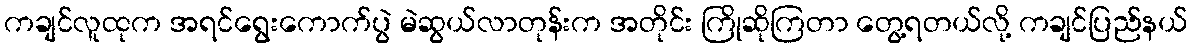
ကချင်လူထုက အရင်ရွေးကောက်ပွဲ မဲဆွယ်လာတုန်းက အတိုင်း ကြိုဆိုကြတာ တွေ့ရတယ်လို့ ကချင်ပြည်နယ်